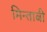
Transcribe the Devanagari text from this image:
मिन्ताबी